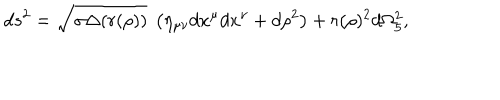
d s ^ { 2 } = \sqrt { \sigma \Delta ( r ( \rho ) ) } ~ \left( \eta _ { \mu \nu } d x ^ { \mu } d x ^ { \nu } + d \rho ^ { 2 } \right) + r ( \rho ) ^ { 2 } d \Omega _ { 5 } ^ { 2 } ,